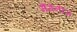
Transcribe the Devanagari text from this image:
मैंगेनीज